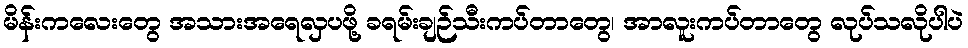
မိန်းကလေးတွေ အသားအရေလှပဖို့ ခရမ်းချဉ်သီးကပ်တာတွေ၊ အာလူးကပ်တာတွေ လုပ်သလိုပါပဲ